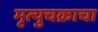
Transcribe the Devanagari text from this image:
मृत्युचक्राचा